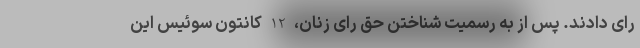
رای دادند. پس از به رسمیت شناختن حق رای زنان، 12 کانتون سوئیس این